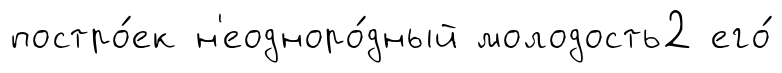
постро́ек н'еодноро́дный молодость2 его́